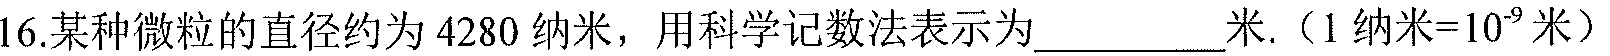
16.某种微粒的直径约为$4280$纳米，用科学记数法表示为__________米.（1纳米=$10^{-9}$米）